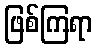
ဖြစ်ကြရာ